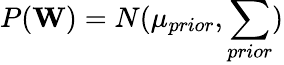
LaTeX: P(\textbf{W})=N(\mu_{prior},\sum_{prior})